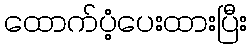
ထောက်ပံ့ပေးထားပြီး